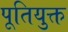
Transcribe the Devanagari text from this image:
पूतियुक्त